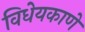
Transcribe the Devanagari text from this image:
विधेयकाणे